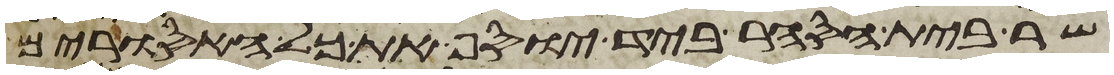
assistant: שר בית הסחר ביד יוסף את כל האסורים